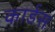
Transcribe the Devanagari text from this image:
कार्डस